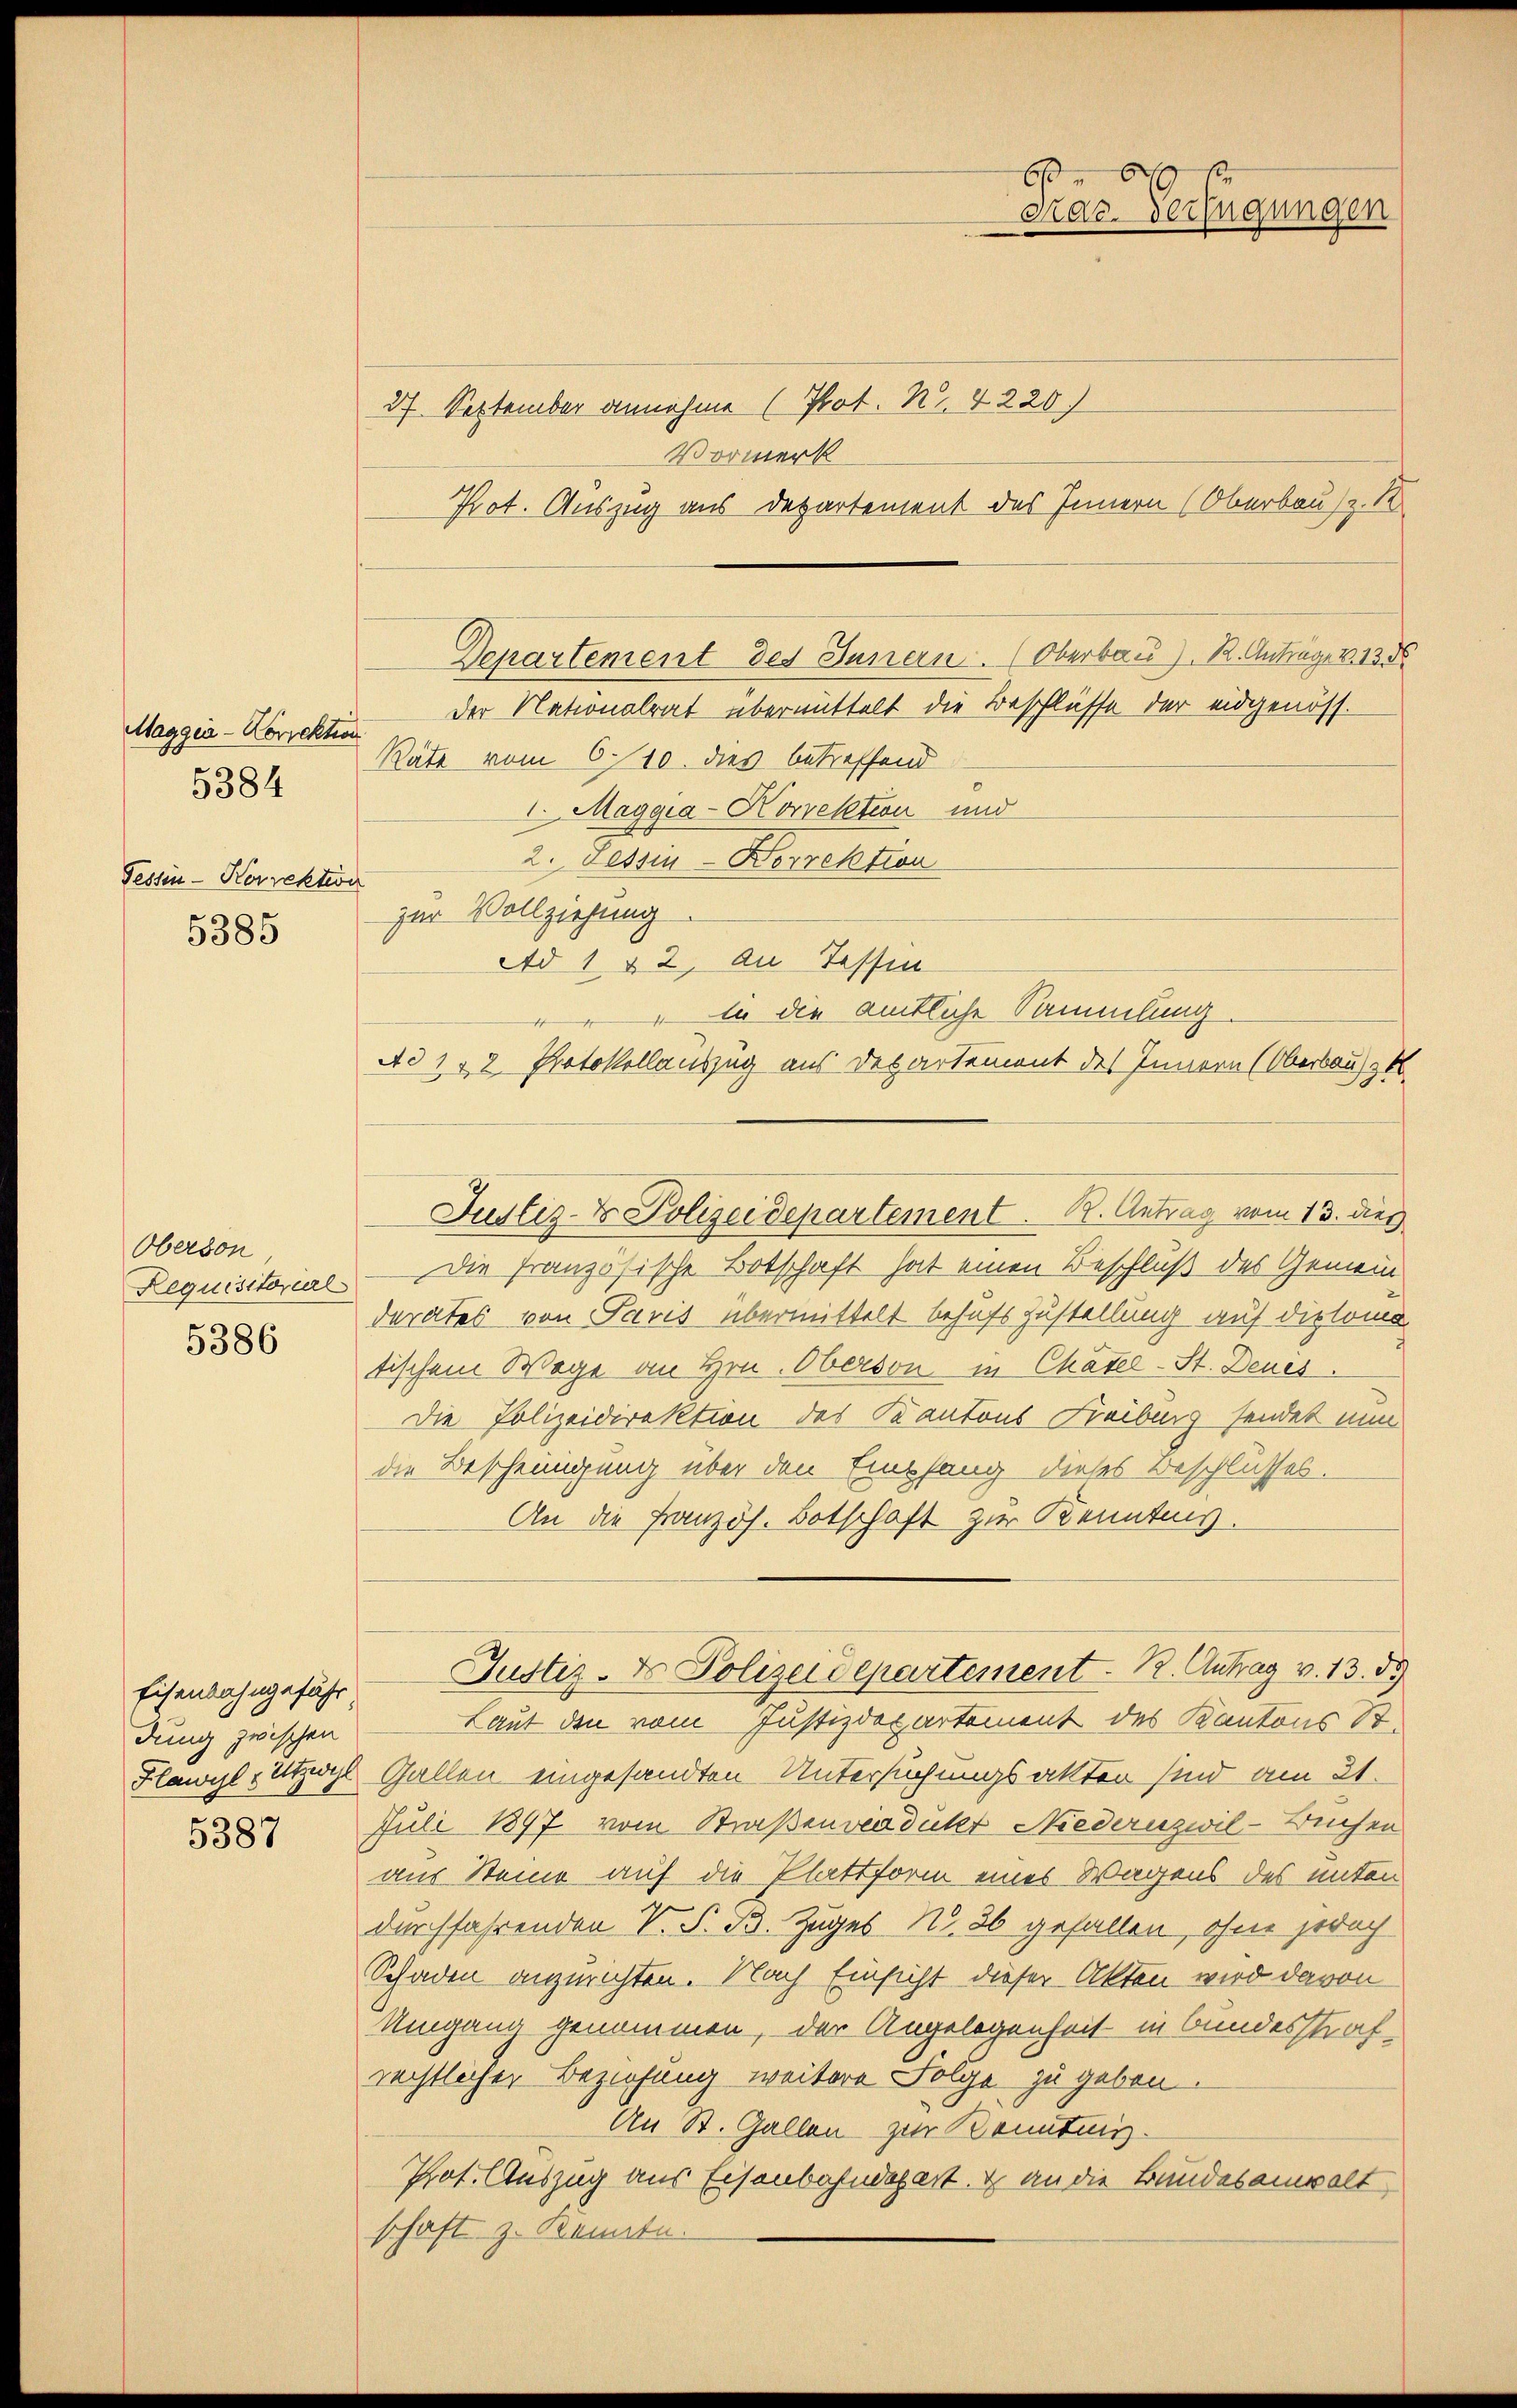
Maggia - Korrektion
Fessen-Korrektion
5385

5384

Oberson
Requisitorial
5386

Eisenbahngeführ
dung zwischen
Hawyl & Utzwyl
5387

27. September annehme (Prot. Nr. 4220)
Vormerk

der Nationalrat übermittelt die Beschlüsse der eidgenöss.
Räte vom 6.10. dies betreffend
1. Maggia-Korrektion und
2. Tessin-Dorrektion
zur Vollziehung
Ad 1 § 2, an Tessin
i die amtliche Sammlung.
Ad 142 Protokollauszug aus des artement des Innern (Oberbaus zu
Die französische Botschaft hat einen Beschluß des Gemein-
derates von Paris übermittelt behufs Zustellung auf diploma
tischem Wege an Hrn. Oberson in Chatel-St. Deues.
Die Polizeidirektion des Kantons Freiburg sendet nun
die Bescheinigung über den Empfang dieses Beschlusses.
An die Französ. Botschaft zur Kenntnis.
Justiz- & Polizeidepartement. K. Antrag v. 13. d.
Laut den vom Justizdepartement des Kantons St.
Gallen eingesandten Untersuchungsakten sind am 21.
Juli 1897 vom Straßenverdikt Niederuzwil-Buchen
aus Steine auf die Plattform eines Wagens des unten
durchfahrenden V. S. B. Zuges N. 36 gefallen, ohne jedoch
Schaden anzurichten. Nach Einsicht dieser Akten wird davon
Umgang genommen, der Angelegenheit in bundesstrafrechtlicher Beziehung weitere Folge zu geben.
An St. Gallen zur Benntnis.
Prot. Auszug aus Eisenbahndepart. c an die Bundesanwalt
schaft z. Kennten.

6
drac. Verfügungen

Prot. Auszug aus Departement des Innern (Oberbausz. K

Departement des Innern. (Oberbau). R. Anträge v. 13 d

Justiz- & Polizeidepartement. R. Antrag vom 13. dies